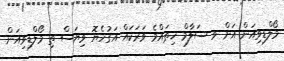
މޯލްޑިވިއަން އަށް ވ ސަލާމް ޚިތައްމެ ވަރަކައް އަގުހެޔޮ ވިޔަސް ތި މޯލްޑިވިއަން